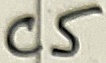
Text: C5